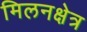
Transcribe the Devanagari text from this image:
मिलनक्षेत्र